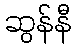
ဆွန်နီ